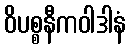
ဝိပစ္စနီကဝါဒါနံ